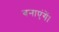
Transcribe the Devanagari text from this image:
बनाएंगें।